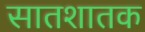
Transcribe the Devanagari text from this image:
सातशातक